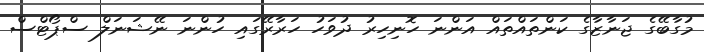
މުގާބޭގެ ޖަނާޒާގެ ކަންތައްތައް އަންނަ ހޮނިހިރު ދުވަހު ހަރާރޭގައި ހުންނަ ނޭޝަނަލް ސްޕޯޓްސް